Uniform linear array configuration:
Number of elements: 4
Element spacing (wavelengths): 0.75
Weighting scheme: hamming
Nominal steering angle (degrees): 30
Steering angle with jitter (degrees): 30.409
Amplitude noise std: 0.05
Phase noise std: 0.05

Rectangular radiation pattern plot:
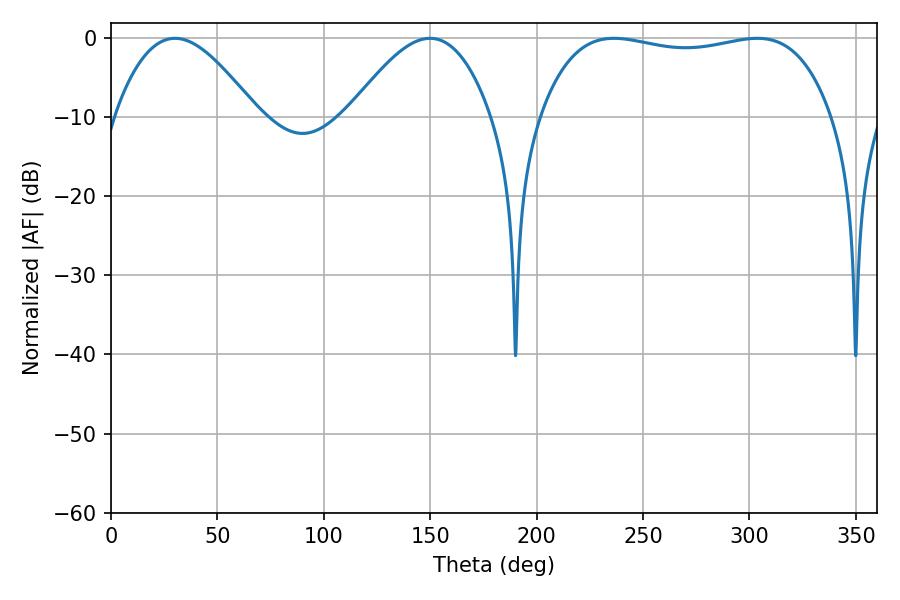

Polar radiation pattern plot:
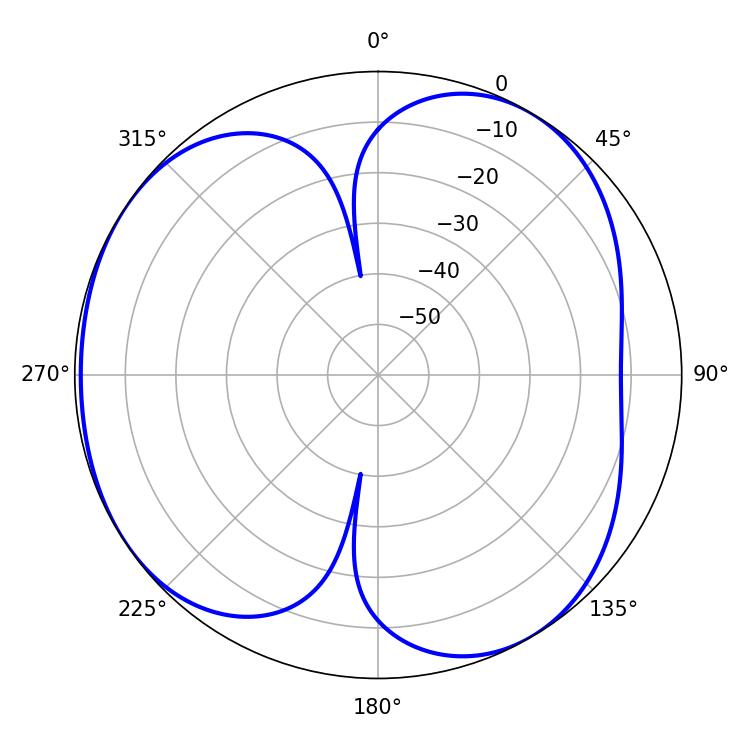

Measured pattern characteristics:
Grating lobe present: TRUE
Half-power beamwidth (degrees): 110.52
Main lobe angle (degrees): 236.34